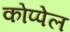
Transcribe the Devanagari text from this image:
कोप्पेल